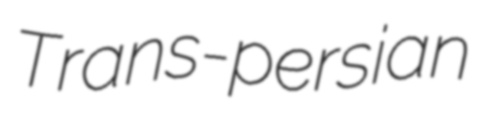
Trans-persian